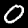
Digit: 0